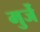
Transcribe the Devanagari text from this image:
मुर्जे